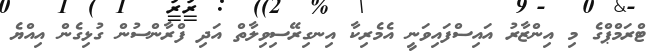
ޓްރަމްޕްގެ މި އިންޒާރު އައިސްފައިވަނީ އެމެރިކާ އިނގިރޭސިވިލާތް އަދި ފްރާންސުން ގުޅިގެން އިއްޔެ